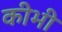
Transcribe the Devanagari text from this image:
कीभी